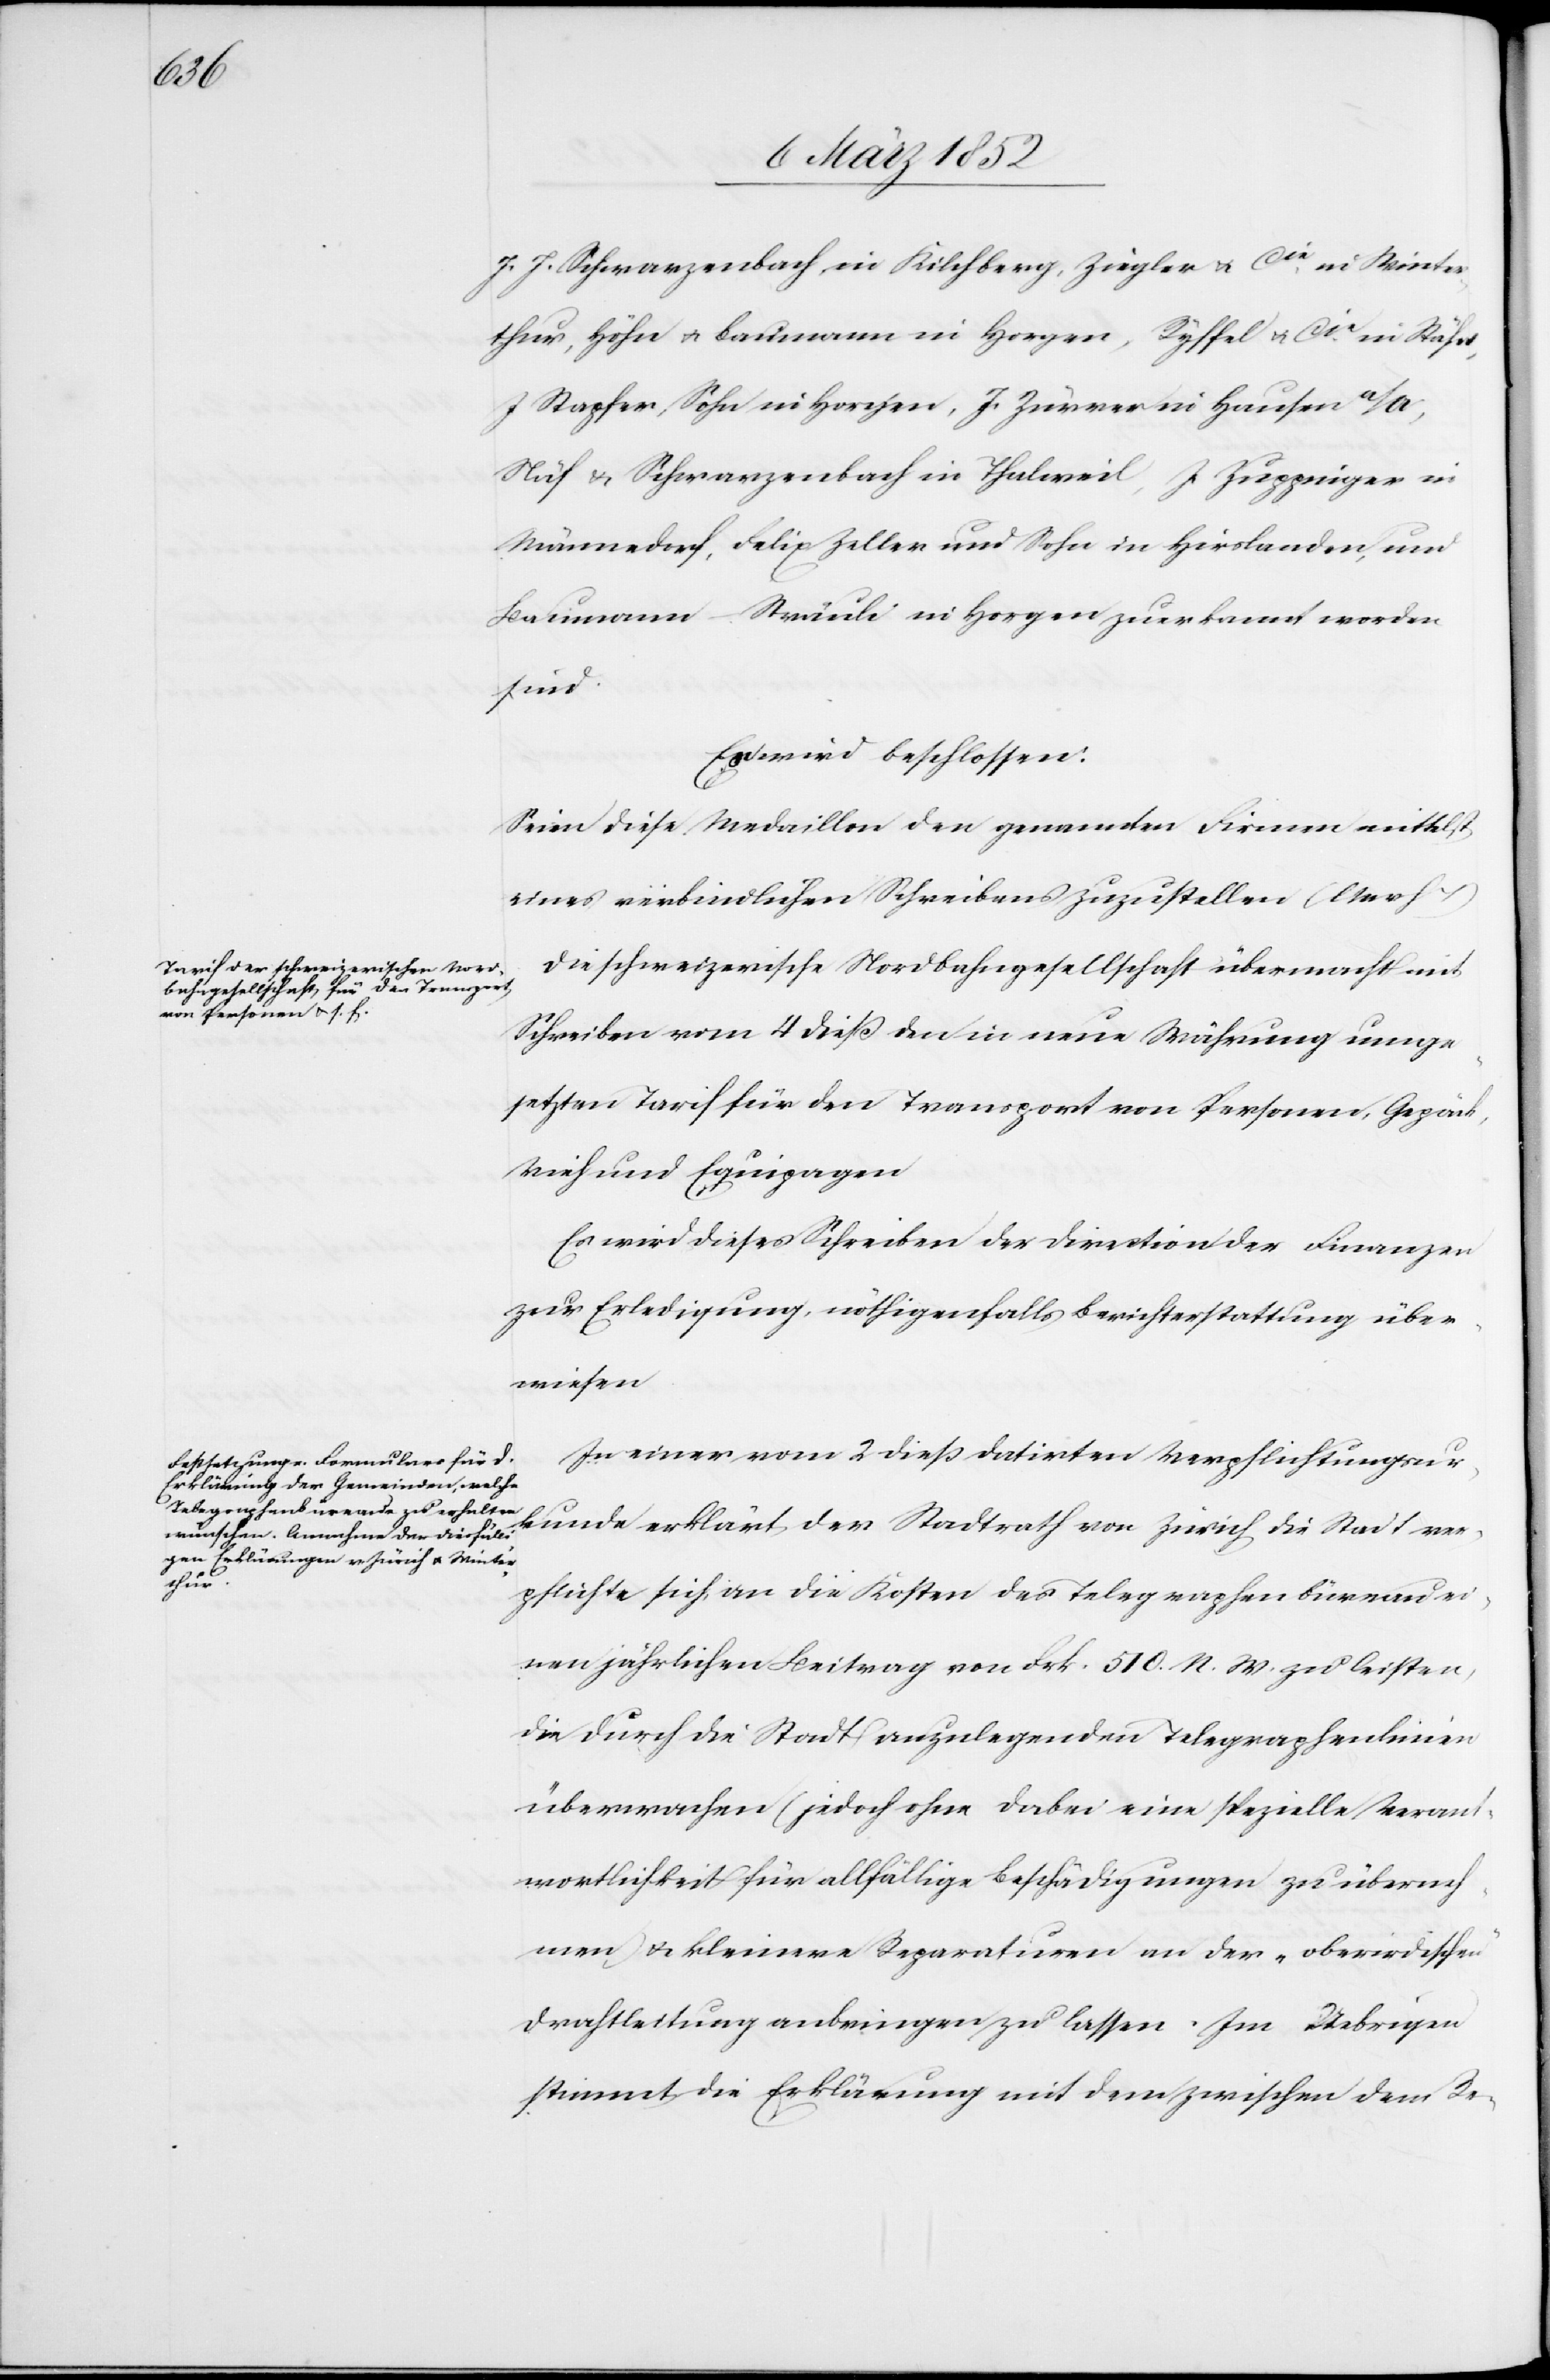
J. J. Schwarzenbach in Kilchberg, Ziegler u. Cie in Winter¬
thur, Höhn u. Baumann in Horgen, Ryffel u. Cie in Stäfa,
J Stapfer, Sohn, in Horgen, J. Zürrer in Hausen a/A,
Näf u. Schwarzenbach in Thalweil, J. Zuppinger in
Männedorf, Felix Zeller und Sohn in Hirslanden, und
Baumann-Sträule in Horgen zuerkannt worden
sind.
Es wird beschlossen:
Seien diese Medaillon den genannten Firmen mittelst
eines verbindlichen Schreibens zuzustellen (l M v h
Die schweizerische Nordbahngesellschaft übermacht mit
Schreiben vom 4 dieß den in neue Währung umge¬
rechneten Tarif für den Transport von Personen, Gepäck,
Vieh und Equipagen.
Es wird dieses Schreiben der Direction der Finanzen
zur Erledigung, nöthigenfalls Berichterstattung über¬
weisen.
In einer von 2 dieß datirten Verpflichtungsur¬
kunde erklärt der Stadtrath von Zürich die Stadt ver¬
pflichte sich, an die Kosten des Telegraphenbüreau ei¬
nen jährlichen Beitrag von Frk. 510. N. W. zu leisten,
die durch die Stadt anzulegenden Telegraphenlinien
überwachen (jedoch ohne dabei eine spezielle Verant¬
wortlichkeit für allfällige Beschädigungen zu überneh¬
men) u. kleinere Reparaturen an der „oberirdischen“
Drahtleitung anbringen zu lassen. Im Uebrigen
stimmt die Erklärung mit dem zwischen dem Re-